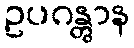
ဥပဂန္တွာန